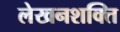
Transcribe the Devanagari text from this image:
लेखनशक्ति